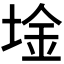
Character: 𫭾